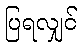
ပြရလျှင်